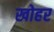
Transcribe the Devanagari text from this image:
खोहर